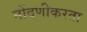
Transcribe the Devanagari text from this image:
नोंदणीकरता